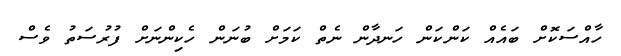
ހާއްސަކޮށް ބައެއް ކަންކަން ހަނދާން ނެތް ކަމަށް ބުނަން ހެކިންނަށް ފުރުސަތު ވެސް